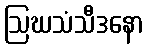
ဩဃသံသီဒနော